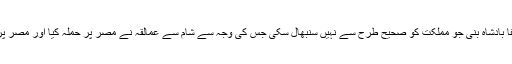
اس کے بعد زلفا بادشاہ بنی جو مملکت کو صحیح طرح سے نہیں سنبھال سکی جس کی وجہ سے شام سے عمالقہ نے مصر پر حملہ کیا اور مصر پر قبضہ کر لیا ۔